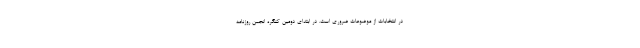
در انتخابات از موضوعات ضروری است. در ابتدای دومین کنگره انجمن روزنامه